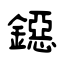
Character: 鐚